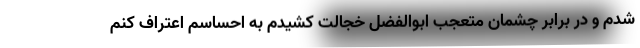
شدم و در برابر چشمان متعجب ابوالفضل خجالت کشیدم به احساسم اعتراف کنم